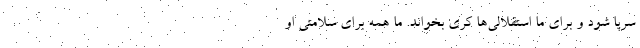
سرپا شود و برای ما استقلالی‌ها کُری بخواند. ما همه برای سلامتی او